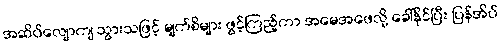
အဆိပ်လျောကျ သွားသဖြင့် မျက်စိများ ဖွင့်ကြည့်ကာ အမေအဖေလို့ ခေါ်နိုင်ပြီး ပြန်အိပ်